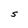
Character: S